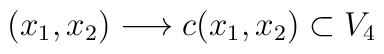
(x_{1}, x_{2}) \longrightarrow c(x_{1},x_{2}) \subset V_{4}